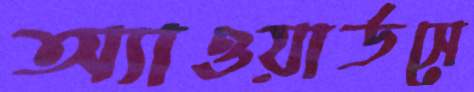
অ্যাওয়ার্ডসে